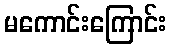
မကောင်းကြောင်း